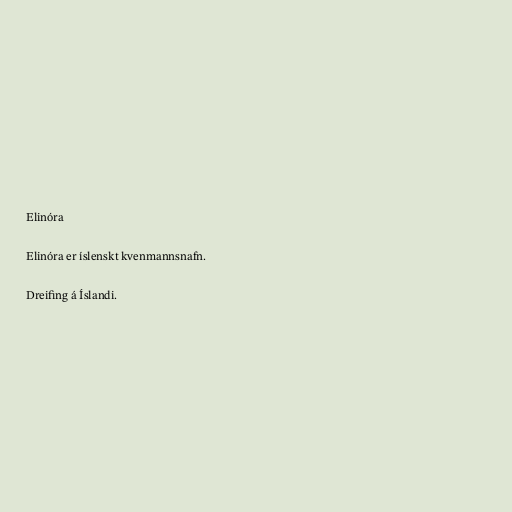
Elinóra

Elinóra er íslenskt kvenmannsnafn.

Dreifing á Íslandi.